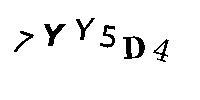
7YY5D4